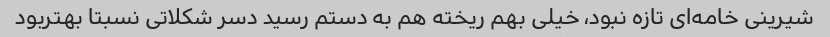
شیرینی خامه‌ای تازه نبود، خیلی بهم ریخته هم به دستم رسید دسر شکلاتی نسبتا بهتربود